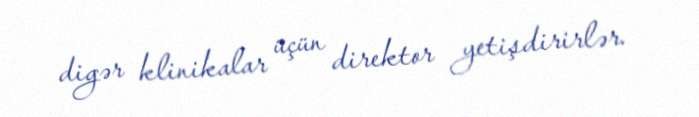
digər klinikalar üçün direktor yetişdirirlər.